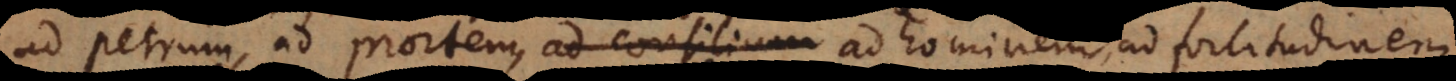
ad Petrum, ad mortem, ad hominem, ad fortitudinem